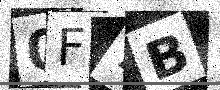
Text: 0F7B